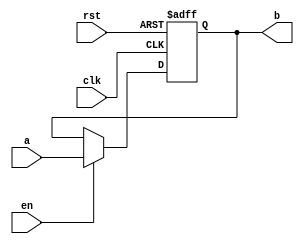
module reg9(a, clk, rst, en, b);
	input [8:0] a;
	input clk, rst, en;
	output reg [8:0] b;
	always @(posedge clk, posedge rst)begin
		if (rst) b = 0;
		else if (en) b <= a;
	end
endmodule